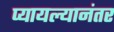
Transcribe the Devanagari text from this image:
प्यायल्यानंतर